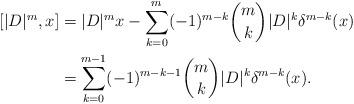
LaTeX: \begin{align*} [|D|^m,x] &= |D|^mx-\sum_{k=0}^m(-1)^{m-k}\binom{m}{k}|D|^k\delta^{m-k}(x)\\ &= \sum_{k=0}^{m-1}(-1)^{m-k-1}\binom{m}{k}|D|^k\delta^{m-k}(x). \end{align*}